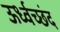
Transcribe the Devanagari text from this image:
ऊर्ध्वच्छंद